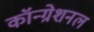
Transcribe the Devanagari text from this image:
कॉन्ग्रेशनल